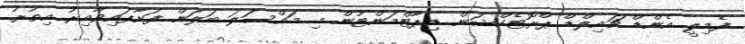
ފެމިލީ އެންޑް ޗައިލްޑް ޕްރޮޓެކްޝަން ޑިޕާޓްމަންޓުން މި މައްސަލަ ބަލަން ފަށާފައިވާއިރު އިތުރު